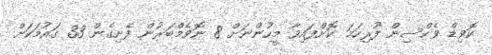
ކޮވިޑް ވެކްސިން ފުރިހަމަ ކޮށްފައިވާ މީހުންނަށް 8 ނޮވެމްބަރުން ފެށިގެން 33 ގައުމަކަށް